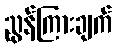
ညွန်ကြားချက်